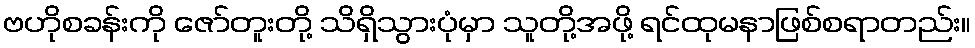
ဗဟိုစခန်းကို ဇော်တူးတို့ သိရှိသွားပုံမှာ သူတို့အဖို့ ရင်ထုမနာဖြစ်စရာတည်း။